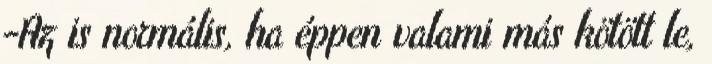
-Az is normális, ha éppen valami más kötött le,